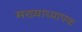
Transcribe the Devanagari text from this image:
मख्याध्यापक